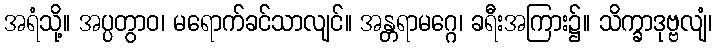
အရံသို့။ အပ္ပတွာဝ၊ မရောက်ခင်သာလျင်။ အန္တရာမဂ္ဂေ၊ ခရီးအကြား၌။ သိက္ခာဒုဗ္ဗလျံ၊